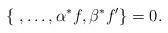
LaTeX: \begin{align*} \{~, \ldots, \alpha^*f, \beta^*f' \} = 0.\end{align*}